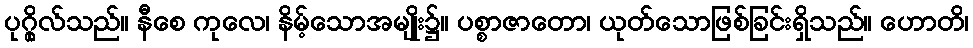
ပုဂ္ဂိုလ်သည်။ နီစေ ကုလေ၊ နိမ့်သောအမျိုး၌။ ပစ္စာဇာတော၊ ယုတ်သောဖြစ်ခြင်းရှိသည်။ ဟောတိ၊